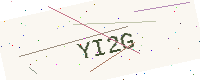
Text: YI2G